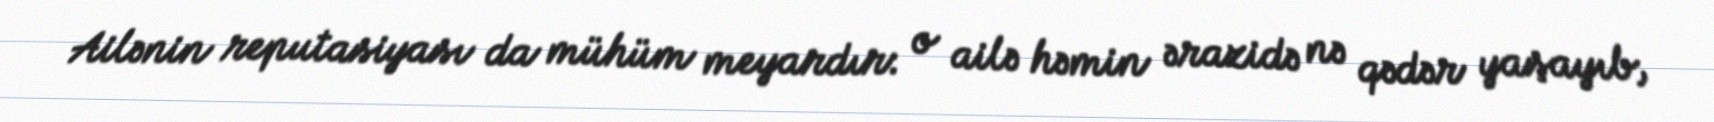
Ailənin reputasiyası da mühüm meyardır: o ailə həmin ərazidə nə qədər yaşayıb,